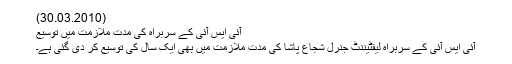
(30.03.2010)
آئی ایس آئی کے سربراہ کی مدتِ ملازمت میں توسیع
آئی ایس آئی کے سربراہ لیفٹیننٹ جنرل شجاع پاشا کی مدتِ ملازمت میں بھی ایک سال کی توسیع کر دی گئی ہے۔